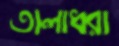
তালাধরা